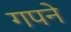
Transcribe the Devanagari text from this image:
गपने